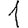
Digit: 1